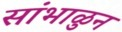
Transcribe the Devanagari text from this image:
सांभाळुन